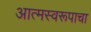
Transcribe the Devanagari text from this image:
आत्मस्वरूपाचा